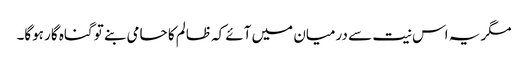
مگر یہ اس نیت سے درمیان میں آئے کہ ظالم کا حامی بنے تو گناہ گار ہوگا۔